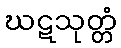
ဃဋသုတ္တံ